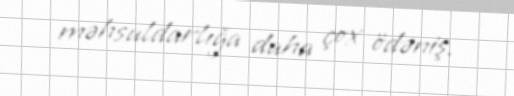
məhsuldarlığa daha çox ödəniş.